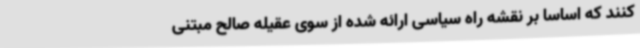
کنند که اساسا بر نقشه راه سیاسی ارائه شده از سوی عقیله صالح مبتنی